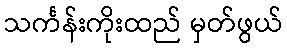
သင်္ကန်းကိုးထည် မှတ်ဖွယ်